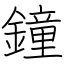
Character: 鐘